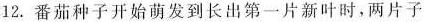
12.番茄种子开始萌发到长出第一片新叶时，两片子